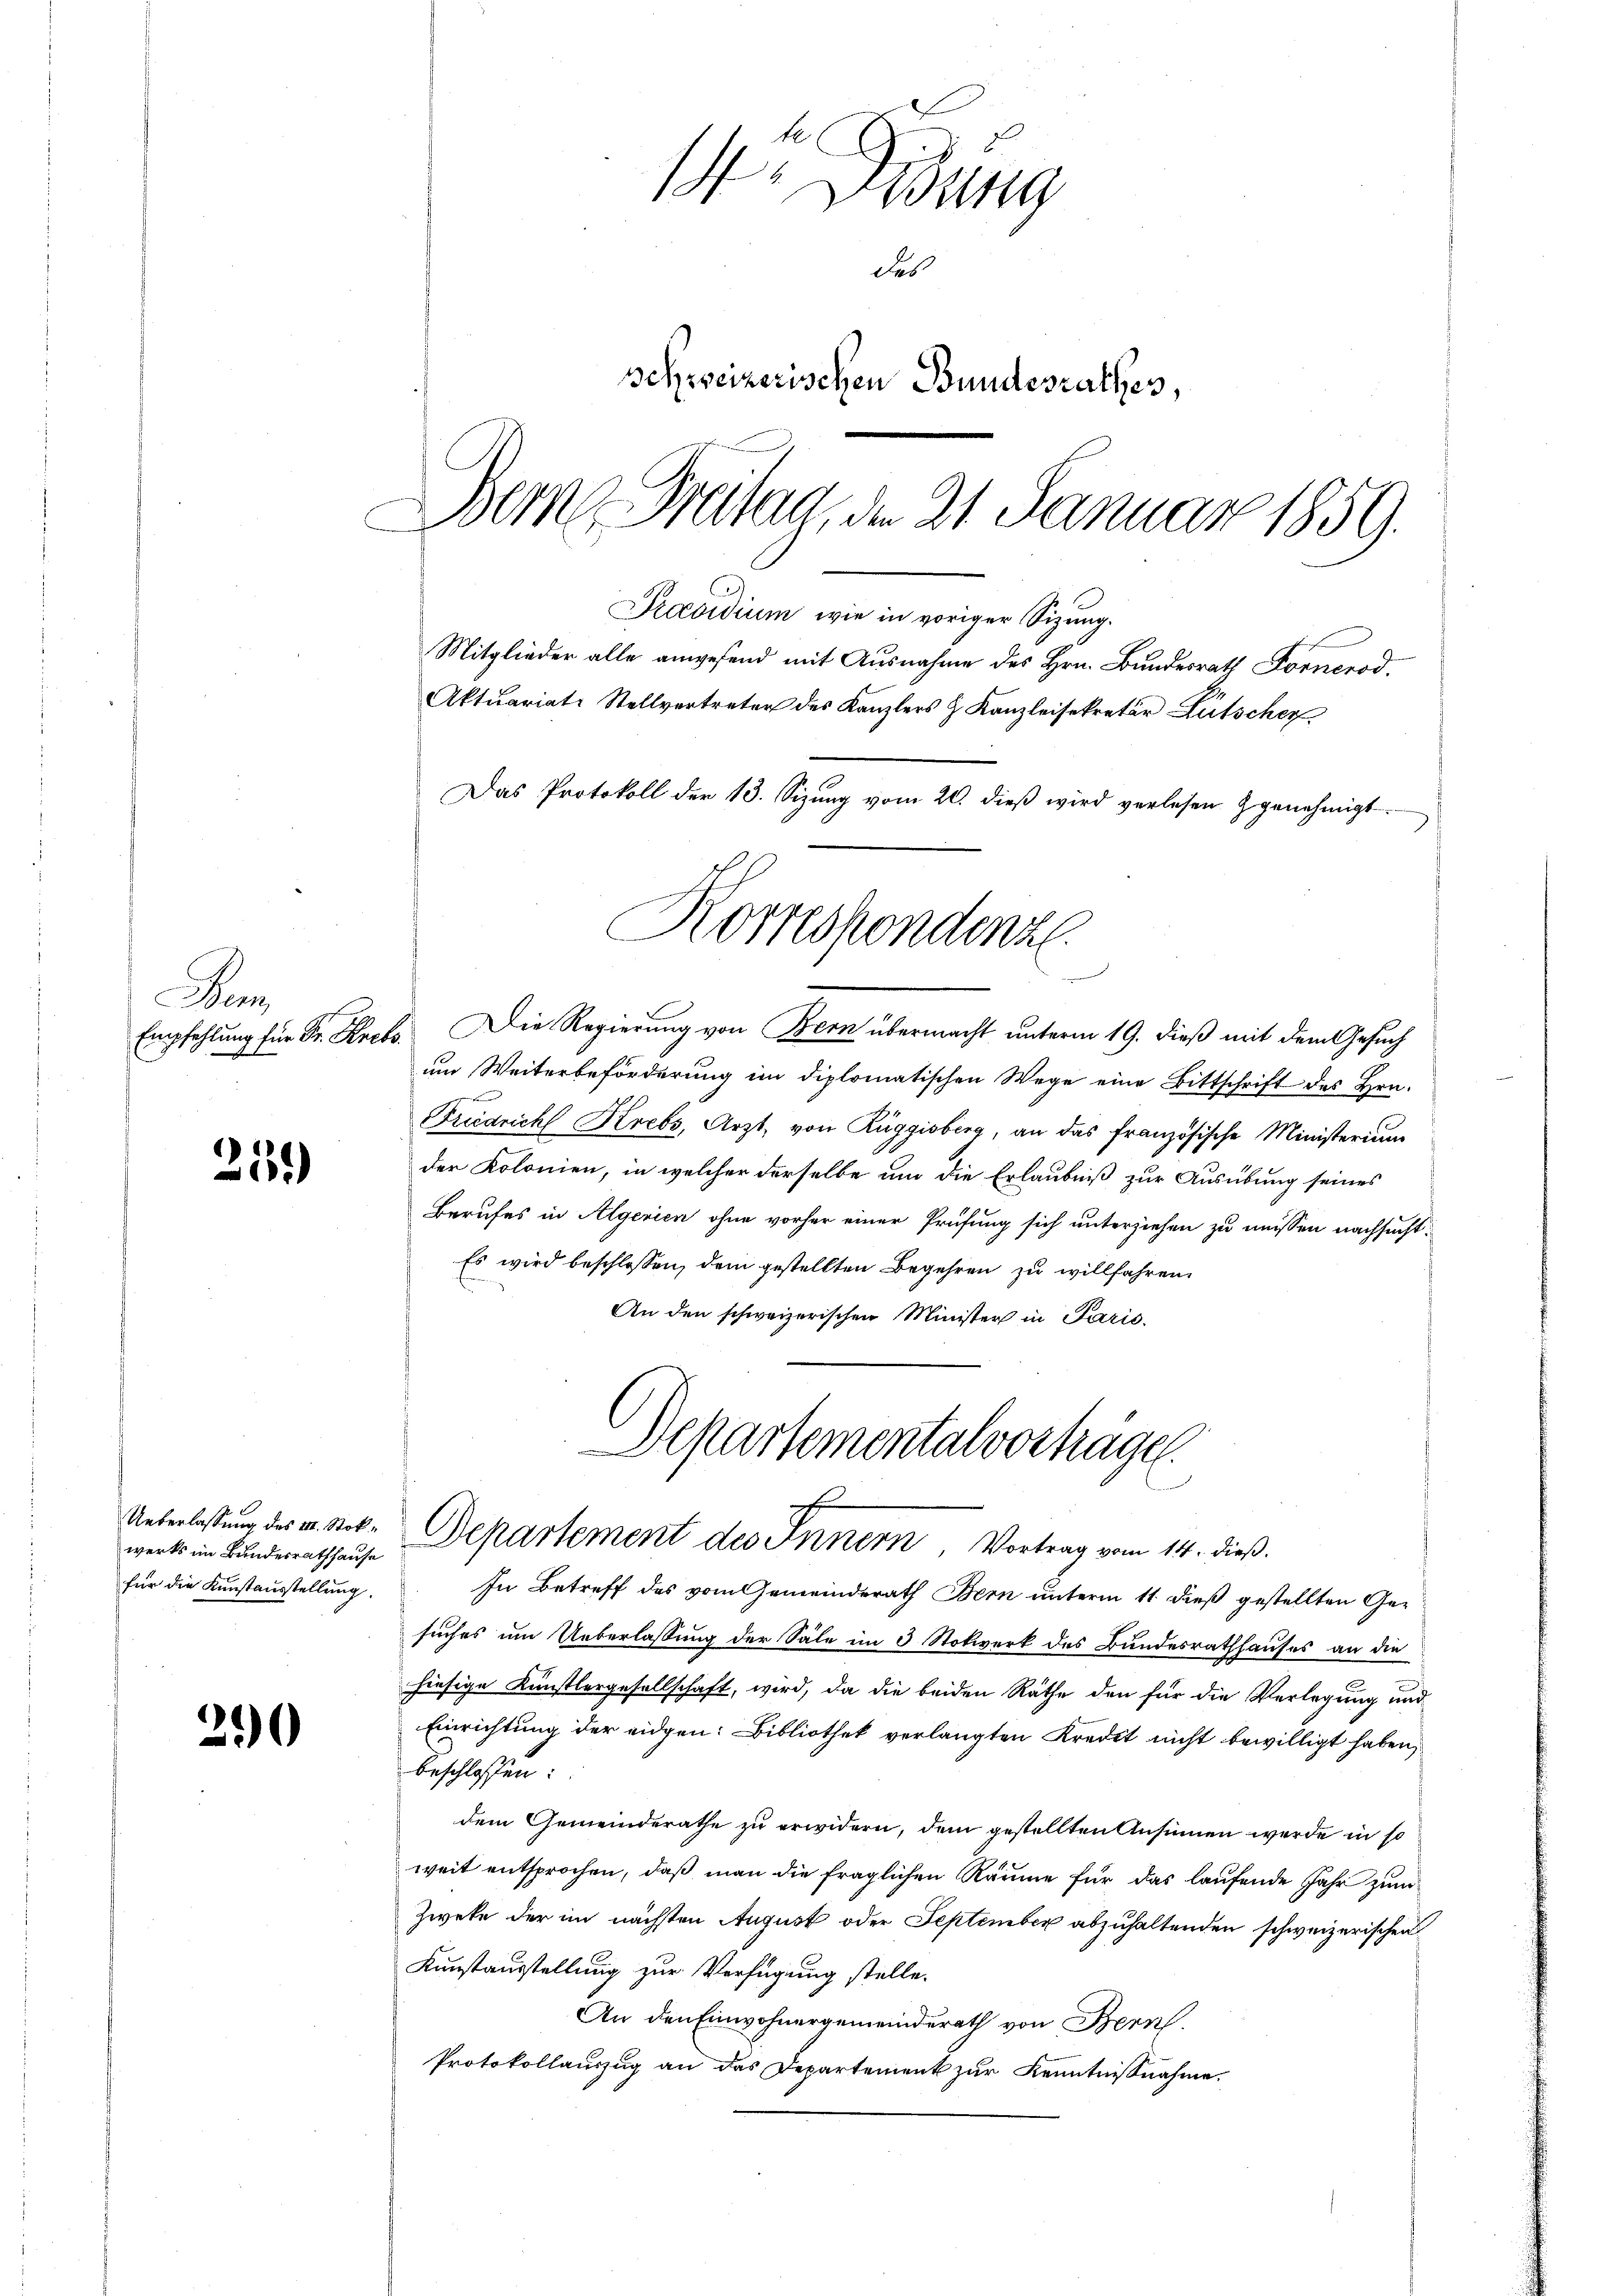
n

2181)

werks im Bundesrathhause
für die Kunstausstellung.

290

14
g
des
schweizerischen Bundesrathes,
Dem Freitag, der 21. Januar 1859.
Praevidium wie in voriger Sitzung.
Mitglieder alle anwesend mit Ausnahme des Hrn. Bundesrath Fornerod.
Aktuariats Stellvertreten des Kanzlers & Kanzleisekretär Lutscher
Das Protokoll der 13. Sizŭng vom 20. dieβ wird verlesen genehmigt.

Empfehlung für Sr. Krets. Die Regierung von Bern übermacht unterm 19. dieß mit dem Gesuch
um Weiterbeförderung im diplomatischen Wege eine Bittschrift des Hrn.
Friedrich Krebs, Arzt, von Rüggisberg, an das französische Ministerium
der Kolonien, in welcher derselbe um die Erlaubniß zur Ausübung seines
Berufes in Algerien ohne vorher einer Prüfung sich unterziehen zu müssen nachsucht.
Es wird beschlossen, dem gestellten Begehren zu willfahren.
An den schweizerischen Minister in Paris.
In Betreff des vom Gemeinderath Bern unterm 11. dieß gestellten Gesuches um Ueberlassung der Säle im 3 Nokwerk des Bundesrathhauses an die
hiesige Künstlergesellschaft, wird, da die beiden Räthe den für die Verlegung und
Einrichtung der eidgen: Bibliothek verlangten Kredit nicht bewilligt haben,
beschlossen:
dem Gemeinderathe zu erwidern, dem gestellten Ansinnen werde in so
weit entsprochen, daß man die fraglichen Räume für das laufende Jahr zum
Zweke der im nächsten August oder September abzuhaltenden schweizerischen
Kunstausstellung zur Verfügung stelle.
An den Einwohnergemeinderath von Bern.
Protokollauszug an das Departement zur Kenntnisnahme.

Komessendenz.
 einer seine

Departementalverhäge
c
Ueberlassung des m. Not. Departement des Innern, Vortrag vom 14. dieß.